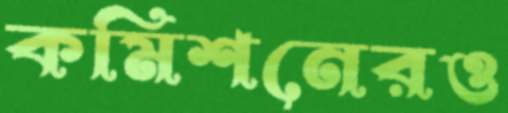
কমিশনেরও